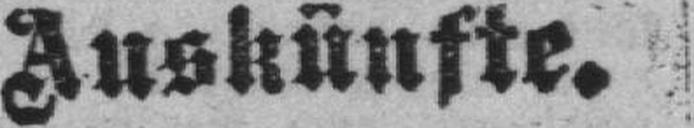
Auskünfte.